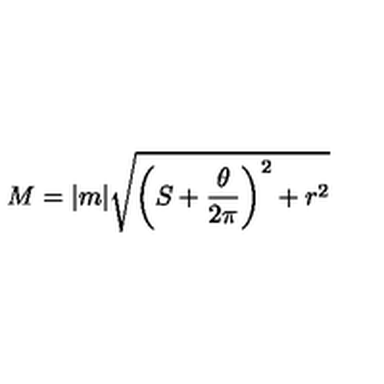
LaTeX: M = | m | \sqrt { \left( S + \frac { \theta } { 2 \pi } \right) ^ { 2 } + r ^ { 2 } }